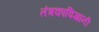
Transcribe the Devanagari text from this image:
तंत्रकाविज्ञानी